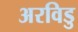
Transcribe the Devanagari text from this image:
अरविडु